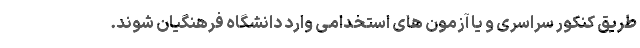
طریق کنکور سراسری و یا آزمون های استخدامی وارد دانشگاه فرهنگیان شوند.